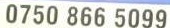
0750 866 5099